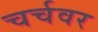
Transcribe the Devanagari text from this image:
चर्चवर